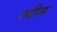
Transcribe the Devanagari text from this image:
स्चीन